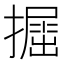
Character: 𢶵